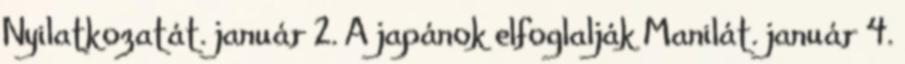
Nyilatkozatát. január 2. A japánok elfoglalják Manilát. január 4.